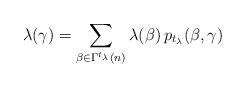
LaTeX: \begin{align*} \lambda (\gamma) = \sum_{\beta \in \Gamma^{t_\lambda}(n)} \lambda(\beta) \, p_{t_\lambda}(\beta, \gamma)\end{align*}